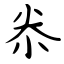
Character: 尜